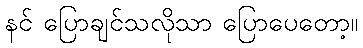
နင် ပြောချင်သလိုသာ ပြောပေတော့။